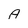
Character: A